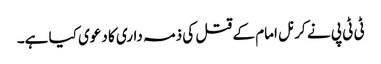
ٹی ٹی پی نے کرنل امام کے قتل کی ذمہ داری کا دعوی کیا ہے۔